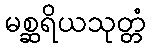
မစ္ဆရိယသုတ္တံ